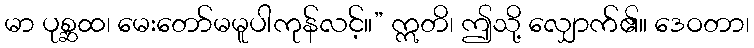
မာ ပုစ္ဆထ၊ မေးတော်မမူပါကုန်လင့်။” ဣတိ၊ ဤသို့ လျှောက်၏။ ဒေဝတာ၊